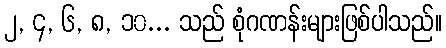
၂, ၄, ၆, ၈, ၁၀... သည် စုံဂဏန်းများဖြစ်ပါသည်။